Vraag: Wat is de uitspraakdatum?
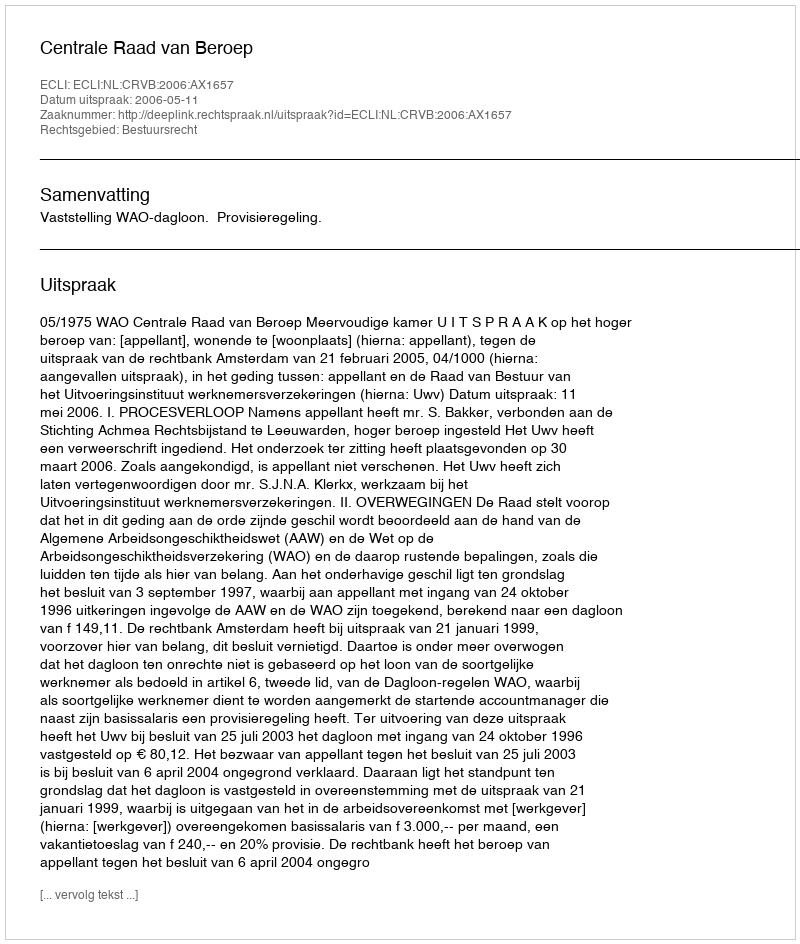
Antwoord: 2006-05-11